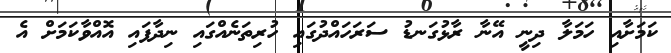
ކަމަށާއި ހަމަލާ ދިނީ އޭނާ ރާޅުގަނޑު ސަރަހައްދުގައި ހުރިތަނެއްގައި ނިދާފައި އޮއްވާކަމަށް އެ